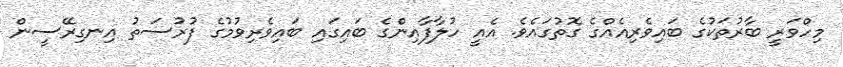
މިހްވަރީ ބާރުތަކުގެ ބައިވެރިއެއްގެ ގޮތުގައެވެ. އެއީ ހުލާފާއިންގެ ބައިގައި ބައިވެރިވުމުގެ ފުރުސަތު އިނގިރޭސީން